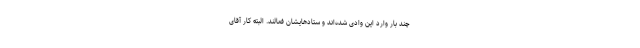
چند بار وارد این وادی شده‌اند و ستادهایشان فعالند. البته کار آقای